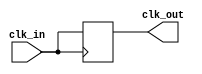
module clock_buffer (
    input wire clk_in,      // Clock input
    output wire clk_out     // Buffered clock output
);

// Declare an internal signal for the buffered clock
reg clk_out_reg;

// Assign the input clock to the output through a register
// This ensures that the clock signal can be driven as needed
always @(posedge clk_in) begin
    clk_out_reg <= clk_in; // Buffering the clock on the rising edge
end

// Assign the buffered clock register to the output
assign clk_out = clk_out_reg;

// Optional: Consider adding an enable signal to disable the output if necessary
// Uncomment the following lines if you want an enable capability
/*
input wire enable;       // Enable signal to control the output
always @(*) begin
    if (enable)
        clk_out_reg = clk_in; // Drive output with input clock if enabled
    else
        clk_out_reg = 1'b0;    // Otherwise, drive output low
end
*/

endmodule